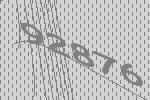
92876